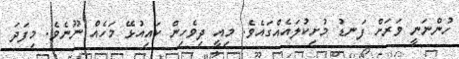
ހުންނަނީ ވަރަށް ފަނޑު މުށިކުލައެއްގައެވެ. މިއީ ދިވެހިން ކައިއުޅޭ މަހެއް ނޫނެވެ. މިފަދަ